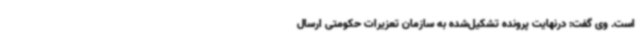
است. وی گفت: درنهایت پرونده تشکیل‌شده به سازمان تعزیرات حکومتی ارسال